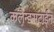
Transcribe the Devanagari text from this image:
कलैन्डसटाईन